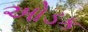
ઓડક